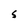
Character: S